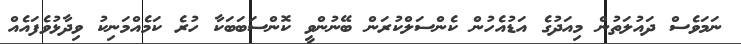
ނަމަވެސް ދައުލަތުން މިއަދުގެ އަޑުއެހުން ކެންސަލްކުރަން ބޭނުންވީ ކޮންސަބަބަކާ ހުރެ ކަމެއްމަނިކު ވިދާޅުވެފައެއް